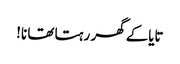
تایاکے گھر رہتا تھا نا!